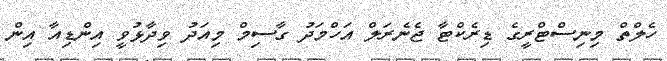
ހެލްތް މިނިސްޓްރީގެ ޑިރެކްޓާ ޖެނެރަލް އަހްމަދު ގާސިމް މިއަދު ވިދާޅުވީ އިންޑިއާ އިން